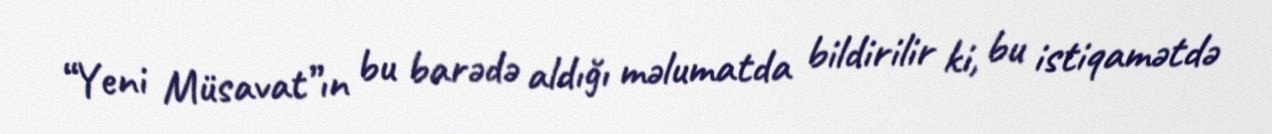
“Yeni Müsavat”ın bu barədə aldığı məlumatda bildirilir ki, bu istiqamətdə